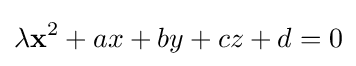
\lambda \mathbf {x} ^{2}+ax+by+cz+d=0